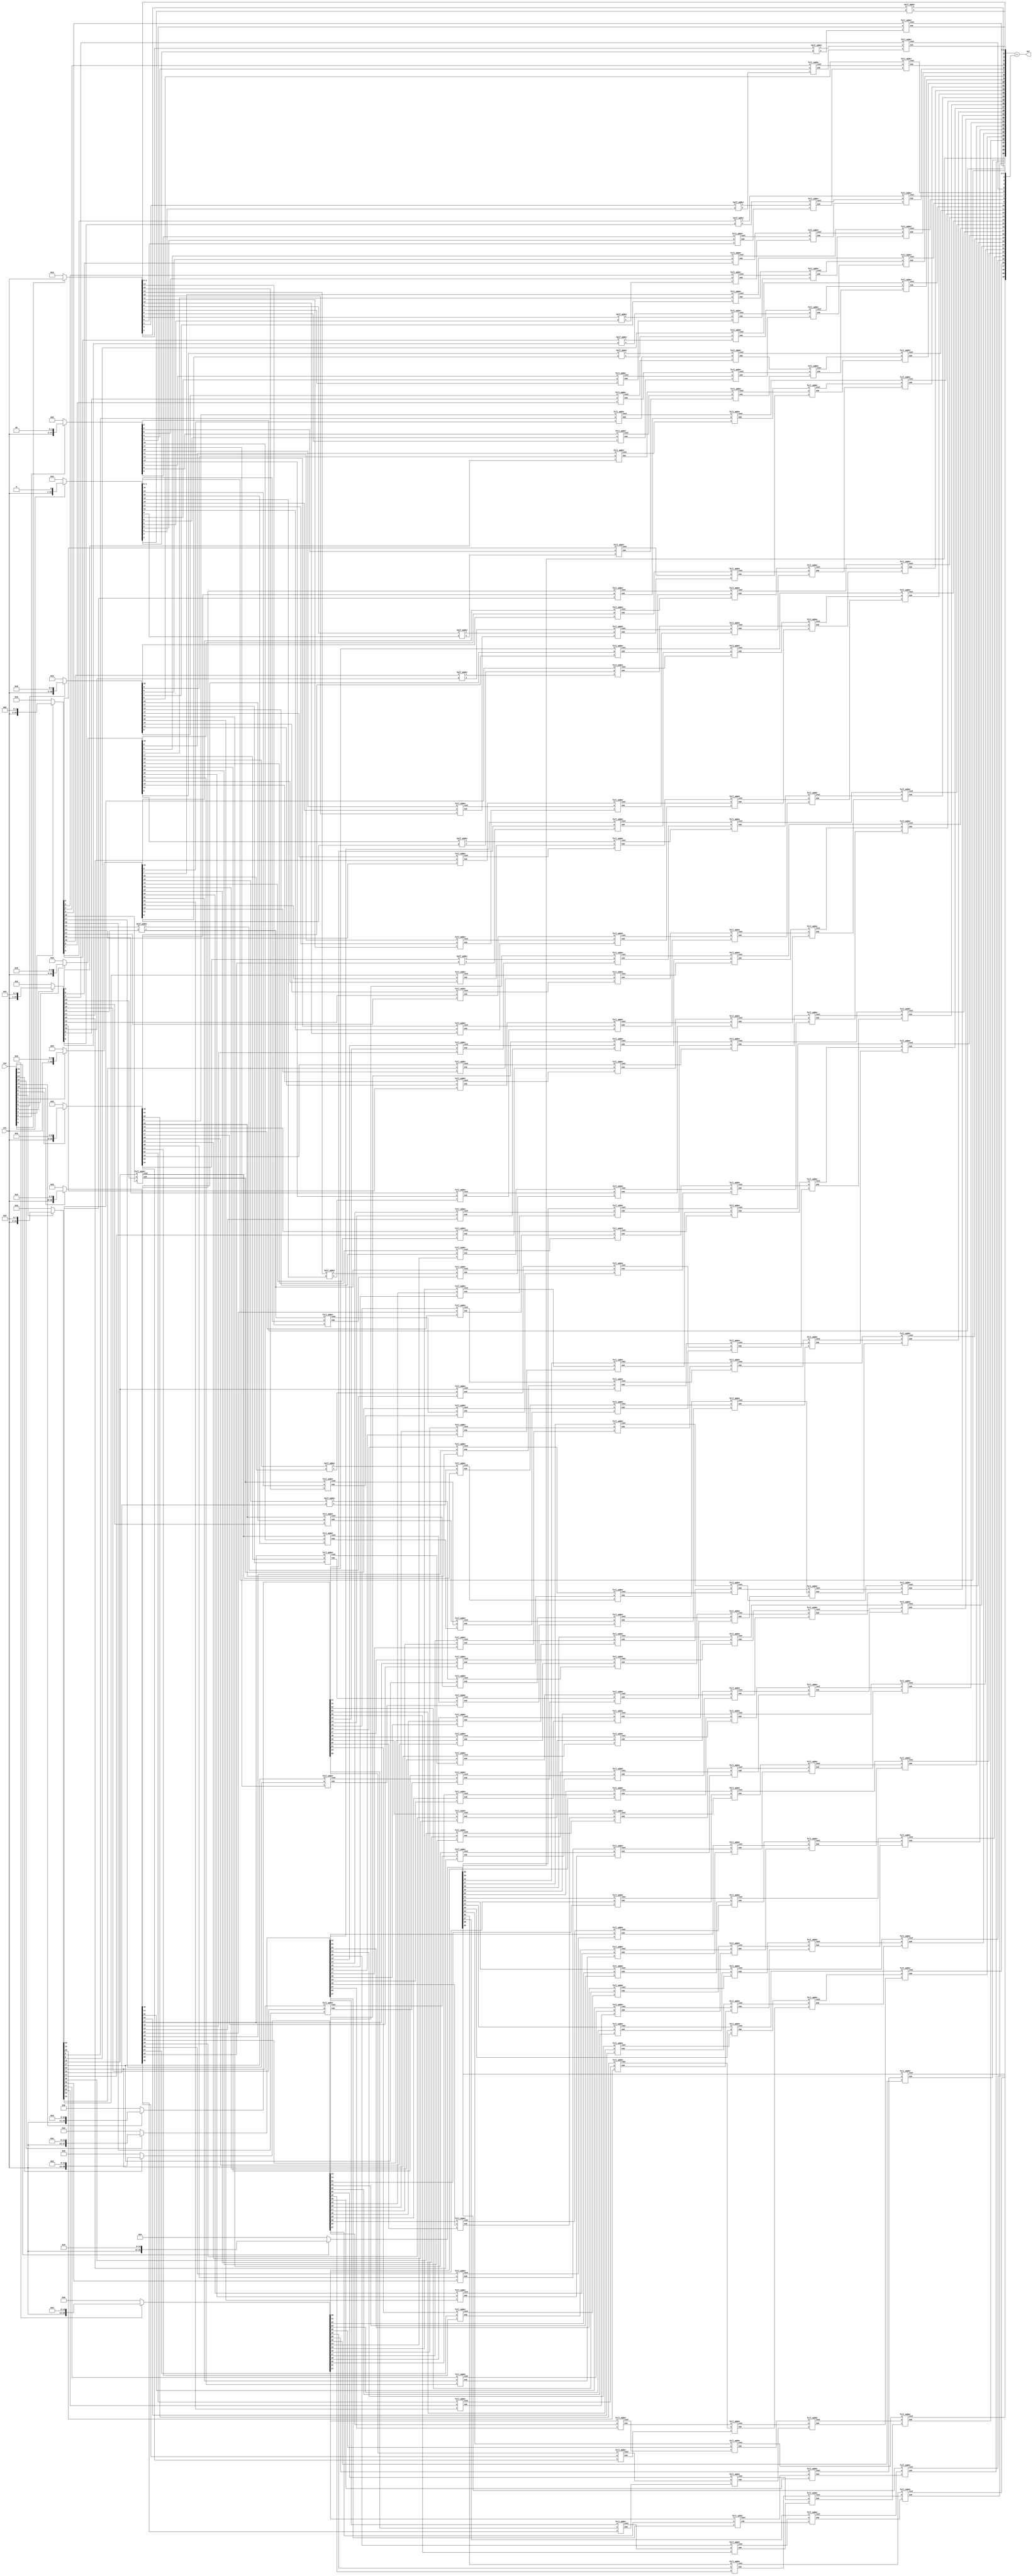
module dadda_multiplier (in1, in2, out);
	input [15:0] in1, in2;
	output [31:0] out;
	
	reg [31:0] pp [15:0];
	
	wire [31:0] lev_19 [15:0];		// Max 16 rows possible for 16 x 16 Dadda
	wire [31:0] lev_13 [12:0];
	wire [31:0] lev_9 [8:0];
	wire [31:0] lev_6 [5:0];
	wire [31:0] lev_4 [3:0];
	wire [31:0] lev_3 [2:0];
	wire [31:0] lev_2 [1:0];

	integer i;
	
	genvar k;
	generate
		for(k=0; k<16; k=k+1)
		begin: duplicate
			assign lev_19[k] = pp[k];
		end
	endgenerate
	
	always@(*)
	begin
		for (i=0; i<16; i=i+1)
		begin
			if (in2[i] == 1'b1)
				pp[i] = (in1 << i);
			else
				pp[i] = {2*16{1'b0}};	
		end
	end
	
	
//	Level-1: d=13

	generate
		for(k=0; k<13; k=k+1)
		begin: l1
			assign lev_13 [k] [12:0] = lev_19 [k] [12:0];
		end
	endgenerate
	
	half_adder l1_h1 (lev_19[0][13], lev_19[1][13], lev_13[0][13], lev_13[1][14]);
	
	full_adder l1_f1 (lev_19[0][14], lev_19[1][14], lev_13[2][14], lev_13[0][14], lev_13[1][15]);
	half_adder l1_h2 (lev_19[3][14], lev_19[4][14], lev_13[2][14], lev_13[3][15]);
	
	full_adder l1_f2 (lev_19[0][15], lev_19[1][15], lev_13[2][15], lev_13[0][15], lev_13[1][16]);
	full_adder l1_f3 (lev_19[3][15], lev_19[4][15], lev_13[5][15], lev_13[2][15], lev_13[3][16]);
	half_adder l1_h3 (lev_19[6][15], lev_19[7][15], lev_13[4][15], lev_13[5][16]);
	
	full_adder l1_f4 (lev_19[1][16], lev_19[2][16], lev_13[3][16], lev_13[0][16], lev_13[1][17]);
	full_adder l1_f5 (lev_19[4][16], lev_19[5][16], lev_13[6][16], lev_13[2][16], lev_13[3][17]);
	half_adder l1_h4 (lev_19[7][16], lev_19[8][16], lev_13[4][16], lev_13[5][17]);
	
	full_adder l1_f6 (lev_19[2][17], lev_19[3][17], lev_13[4][17], lev_13[0][17], lev_13[1][18]);
	full_adder l1_f7 (lev_19[5][17], lev_19[6][17], lev_13[7][17], lev_13[2][17], lev_13[3][18]);
	
	full_adder l1_f8 (lev_19[3][18], lev_19[4][18], lev_13[5][18], lev_13[0][18], lev_13[1][19]);
	
	generate
		for(k=6; k<13; k=k+1)
		begin: l2
			assign lev_13 [k] [18:15] = lev_19 [k+3] [18:15];
		end
	endgenerate		
	
	generate
		for(k=4; k<13; k=k+1)
		begin: l3
			assign lev_13 [k] [14:13] = lev_19 [k+1] [14:13];
		end
	endgenerate
	
	assign lev_13 [1] [13] = lev_19 [2] [13];
	assign lev_13 [2] [13] = lev_19 [3] [13];
	assign lev_13 [3] [13] = lev_19 [4] [13];

	assign lev_13 [3] [14] = lev_19 [14] [14];
	
	assign lev_13 [5] [15] = lev_19 [8] [15];
	
	assign lev_13 [4] [17] = lev_19 [8] [17];
	
	assign lev_13 [2] [18] = lev_19 [6] [18];
	assign lev_13 [4] [18] = lev_19 [7] [18];
	assign lev_13 [5] [18] = lev_19 [8] [18];	
	
	
	assign lev_13 [0] [19] = lev_19 [4] [19];
	generate
		for(k=2; k<13; k=k+1)
		begin: l4
			assign lev_13 [k] [31:19] = lev_19 [k+3] [31:19];
		end
	endgenerate	
	

//	Level-2: d=9
	generate
		for(k=0; k<9; k=k+1)
		begin: l5
			assign lev_9 [k] [8:0] = lev_13 [k] [8:0];
		end
	endgenerate
	
	half_adder l2_h1 (lev_13[0][9], lev_13[1][9], lev_9[0][9], lev_9[1][10]);
	
	full_adder l2_f1 (lev_13[0][10], lev_13[1][10], lev_13[2][10], lev_9[0][10], lev_9[1][11]);
	half_adder l2_h2 (lev_13[3][10], lev_13[4][10], lev_9[2][10], lev_9[3][11]);
	
	full_adder l2_f2 (lev_13[0][11], lev_13[1][11], lev_13[2][11], lev_9[0][11], lev_9[1][12]);
	full_adder l2_f3 (lev_13[3][11], lev_13[4][11], lev_13[5][11], lev_9[2][11], lev_9[3][12]);
	half_adder l2_h3 (lev_13[6][11], lev_13[7][11], lev_9[4][11], lev_9[5][12]);
	
	full_adder l2_f4 (lev_13[0][12], lev_13[1][12], lev_13[2][12], lev_9[0][12], lev_9[1][13]);
	full_adder l2_f5 (lev_13[3][12], lev_13[4][12], lev_13[5][12], lev_9[2][12], lev_9[3][13]);
	full_adder l2_f6 (lev_13[6][12], lev_13[7][12], lev_13[8][12], lev_9[4][12], lev_9[5][13]);
	half_adder l2_h4 (lev_13[9][12], lev_13[10][12], lev_9[6][12], lev_9[7][13]);
	
	full_adder l2_f7 (lev_13[0][13], lev_13[1][13], lev_13[2][13], lev_9[0][13], lev_9[1][14]);
	full_adder l2_f8 (lev_13[3][13], lev_13[4][13], lev_13[5][13], lev_9[2][13], lev_9[3][14]);
	full_adder l2_f9 (lev_13[6][13], lev_13[7][13], lev_13[8][13], lev_9[4][13], lev_9[5][14]);
	full_adder l2_f10 (lev_13[9][13], lev_13[10][13], lev_13[11][13], lev_9[6][13], lev_9[7][14]);
	
	full_adder l2_f11 (lev_13[0][14], lev_13[1][14], lev_13[2][14], lev_9[0][14], lev_9[1][15]);
	full_adder l2_f12 (lev_13[3][14], lev_13[4][14], lev_13[5][14], lev_9[2][14], lev_9[3][15]);
	full_adder l2_f13 (lev_13[6][14], lev_13[7][14], lev_13[8][14], lev_9[4][14], lev_9[5][15]);
	full_adder l2_f14 (lev_13[9][14], lev_13[10][14], lev_13[11][14], lev_9[6][14], lev_9[7][15]);
	
	full_adder l2_f15 (lev_13[0][15], lev_13[1][15], lev_13[2][15], lev_9[0][15], lev_9[1][16]);
	full_adder l2_f16 (lev_13[3][15], lev_13[4][15], lev_13[5][15], lev_9[2][15], lev_9[3][16]);
	full_adder l2_f17 (lev_13[6][15], lev_13[7][15], lev_13[8][15], lev_9[4][15], lev_9[5][16]);
	full_adder l2_f18 (lev_13[9][15], lev_13[10][15], lev_13[11][15], lev_9[6][15], lev_9[7][16]);
	
	full_adder l2_f19 (lev_13[0][16], lev_13[1][16], lev_13[2][16], lev_9[0][16], lev_9[1][17]);
	full_adder l2_f20 (lev_13[3][16], lev_13[4][16], lev_13[5][16], lev_9[2][16], lev_9[3][17]);
	full_adder l2_f21 (lev_13[6][16], lev_13[7][16], lev_13[8][16], lev_9[4][16], lev_9[5][17]);
	full_adder l2_f22 (lev_13[9][16], lev_13[10][16], lev_13[11][16], lev_9[6][16], lev_9[7][17]);
	
	full_adder l2_f23 (lev_13[0][17], lev_13[1][17], lev_13[2][17], lev_9[0][17], lev_9[1][18]);
	full_adder l2_f24 (lev_13[3][17], lev_13[4][17], lev_13[5][17], lev_9[2][17], lev_9[3][18]);
	full_adder l2_f25 (lev_13[6][17], lev_13[7][17], lev_13[8][17], lev_9[4][17], lev_9[5][18]);
	full_adder l2_f26 (lev_13[9][17], lev_13[10][17], lev_13[11][17], lev_9[6][17], lev_9[7][18]);
	
	full_adder l2_f27 (lev_13[0][18], lev_13[1][18], lev_13[2][18], lev_9[0][18], lev_9[1][19]);
	full_adder l2_f28 (lev_13[3][18], lev_13[4][18], lev_13[5][18], lev_9[2][18], lev_9[3][19]);
	full_adder l2_f29 (lev_13[6][18], lev_13[7][18], lev_13[8][18], lev_9[4][18], lev_9[5][19]);
	full_adder l2_f30 (lev_13[9][18], lev_13[10][18], lev_13[11][18], lev_9[6][18], lev_9[7][19]);
	
	full_adder l2_f31 (lev_13[0][19], lev_13[1][19], lev_13[2][19], lev_9[0][19], lev_9[1][20]);
	full_adder l2_f32 (lev_13[3][19], lev_13[4][19], lev_13[5][19], lev_9[2][19], lev_9[3][20]);
	full_adder l2_f33 (lev_13[6][19], lev_13[7][19], lev_13[8][19], lev_9[4][19], lev_9[5][20]);
	full_adder l2_f34 (lev_13[9][19], lev_13[10][19], lev_13[11][19], lev_9[6][19], lev_9[7][20]);
	
	full_adder l2_f35 (lev_13[2][20], lev_13[3][20], lev_13[4][20], lev_9[0][20], lev_9[1][21]);
	full_adder l2_f36 (lev_13[5][20], lev_13[6][20], lev_13[7][20], lev_9[2][20], lev_9[3][21]);
	full_adder l2_f37 (lev_13[8][20], lev_13[9][20], lev_13[10][20], lev_9[4][20], lev_9[5][21]);
	
	full_adder l2_f38 (lev_13[3][21], lev_13[4][21], lev_13[5][21], lev_9[0][21], lev_9[1][22]);
	full_adder l2_f39 (lev_13[6][21], lev_13[7][21], lev_13[8][21], lev_9[2][21], lev_9[3][22]);
	
	full_adder l2_f40 (lev_13[4][22], lev_13[5][22], lev_13[6][22], lev_9[0][22], lev_9[1][23]);
	
	generate
		for(k=1; k<9; k=k+1)
		begin: l6
			assign lev_9 [k] [9] = lev_13 [k+1] [9];
		end
	endgenerate
	
	generate
		for(k=3; k<9; k=k+1)
		begin: l7
			assign lev_9 [k] [10] = lev_13 [k+2] [10];
		end
	endgenerate
	
	generate
		for(k=5; k<9; k=k+1)
		begin: l8
			assign lev_9 [k] [11] = lev_13 [k+3] [11];
		end
	endgenerate
	
	assign lev_9 [7] [12] = lev_13 [11] [12];
	
	assign lev_9 [6] [20] = lev_13 [11] [20];
	
	generate
		for(k=6; k<8; k=k+1)
		begin: l9
			assign lev_9 [k] [21] = lev_13 [k+4] [21];
		end
	endgenerate
	
	assign lev_9 [4] [21] = lev_13 [9] [21];
	
	generate
		for(k=4; k<8; k=k+1)
		begin: l10
			assign lev_9 [k] [22] = lev_13 [k+4] [22];
		end
	endgenerate
	
	assign lev_9 [2] [22] = lev_13 [7] [22];
	
	assign lev_9 [8] [22:12] = lev_13 [12] [22:12];
	
	assign lev_9 [0] [23] = lev_13 [5] [23];
	generate
		for(k=2; k<9; k=k+1)
		begin: l11
			assign lev_9 [k] [31:23] = lev_13 [k+4] [31:23];
		end
	endgenerate	
	
	
//	Level-3: d=6
	generate
		for(k=0; k<6; k=k+1)
		begin: l12
			assign lev_6 [k] [5:0] = lev_9 [k] [5:0];
		end
	endgenerate	
	
	generate
		for(k=1; k<6; k=k+1)
		begin: l13
			assign lev_6 [k] [6] = lev_9 [k+1] [6];
		end
	endgenerate	

	generate
		for(k=3; k<6; k=k+1)
		begin: l14
			assign lev_6 [k] [7] = lev_9 [k+2] [7];
		end
	endgenerate	
	
	assign lev_6 [5] [8] = lev_9 [8] [8];
	
	half_adder l3_h1 (lev_9[0][6], lev_9[1][6], lev_6[0][6], lev_6[1][7]);
	
	full_adder l3_f1 (lev_9[0][7], lev_9[1][7], lev_9[2][7], lev_6[0][7], lev_6[1][8]);
	half_adder l3_h2 (lev_9[3][7], lev_9[4][7], lev_6[2][7], lev_6[3][8]);
	
	full_adder l3_f2 (lev_9[0][8], lev_9[1][8], lev_9[2][8], lev_6[0][8], lev_6[1][9]);
	full_adder l3_f3 (lev_9[3][8], lev_9[4][8], lev_9[5][8], lev_6[2][8], lev_6[3][9]);
	half_adder l3_h3 (lev_9[6][8], lev_9[7][8], lev_6[4][8], lev_6[5][9]);
	
	generate
		for(k=9; k<24; k=k+1)
		begin: FA_1
			full_adder l3_1 (lev_9[0][k], lev_9[1][k], lev_9[2][k], lev_6[0][k], lev_6[1][k+1]);
			full_adder l3_2 (lev_9[3][k], lev_9[4][k], lev_9[5][k], lev_6[2][k], lev_6[3][k+1]);
			full_adder l3_3 (lev_9[6][k], lev_9[7][k], lev_9[8][k], lev_6[4][k], lev_6[5][k+1]);
		end
	endgenerate
	
	assign lev_6 [4] [24] = lev_9 [8] [24];
	
	assign lev_6 [2] [25] = lev_9 [6] [25];
	assign lev_6 [4] [25] = lev_9 [7] [25];
	assign lev_6 [5] [25] = lev_9 [8] [25];
	
	assign lev_6 [0] [26] = lev_9 [4] [26];

	full_adder l3_f4 (lev_9[2][24], lev_9[3][24], lev_9[4][24], lev_6[0][24], lev_6[1][25]);
	full_adder l3_f5 (lev_9[5][24], lev_9[6][24], lev_9[7][24], lev_6[2][24], lev_6[3][25]);
	
	full_adder l3_f6 (lev_9[3][25], lev_9[4][25], lev_9[5][25], lev_6[0][25], lev_6[1][26]);
	
	
	
	generate
		for(k=2; k<6; k=k+1)
		begin: l15
			assign lev_6 [k] [31:26] = lev_9 [k+3] [31:26];
		end
	endgenerate		
	
	
//	Level-4: d=4
	generate
		for(k=0; k<4; k=k+1)
		begin: l16
			assign lev_4 [k] [3:0] = lev_6 [k] [3:0];
		end
	endgenerate	

	generate
		for(k=1; k<4; k=k+1)
		begin: l17
			assign lev_4 [k] [4] = lev_6 [k+1] [4];
		end
	endgenerate	
	
	assign lev_4 [3] [5] = lev_6 [5] [5];
	
	half_adder l4_h1 (lev_6[0][4], lev_6[1][4], lev_4[0][4], lev_4[1][5]);
		
	full_adder l4_f1 (lev_6[0][5], lev_6[1][5], lev_6[2][5], lev_4[0][5], lev_4[1][6]);
	half_adder l4_h2 (lev_6[3][5], lev_6[4][5], lev_4[2][5], lev_4[3][6]);
	
	generate
		for(k=6; k<27; k=k+1)
		begin: FA_2
			full_adder l4_1 (lev_6[0][k], lev_6[1][k], lev_6[2][k], lev_4[0][k], lev_4[1][k+1]);
			full_adder l4_2 (lev_6[3][k], lev_6[4][k], lev_6[5][k], lev_4[2][k], lev_4[3][k+1]);
		end
	endgenerate
	
	full_adder l4_f2 (lev_6[2][27], lev_6[3][27], lev_6[4][27], lev_4[0][27], lev_4[1][28]);
	
	assign lev_4 [2] [27] = lev_6 [5] [27];
	
	assign lev_4 [0] [28] = lev_6 [3] [28];
	
	generate
		for(k=2; k<4; k=k+1)
		begin: l18
			assign lev_4 [k] [31:28] = lev_6 [k+2] [31:28];
		end
	endgenerate			
	
//	Level-5: d=3
	generate
		for(k=0; k<3; k=k+1)
		begin: l19
			assign lev_3 [k] [2:0] = lev_4 [k] [2:0];
		end
	endgenerate
	
	half_adder l5_h1 (lev_4[0][3], lev_4[1][3], lev_3[0][3], lev_3[1][4]);
	assign lev_3 [1] [3] = lev_4 [2] [3];
		
	generate
		for(k=4; k<29; k=k+1)
		begin: FA_3
			full_adder l5_f1 (lev_4[0][k], lev_4[1][k], lev_4[2][k], lev_3[0][k], lev_3[1][k+1]);
		end
	endgenerate	
	
	assign lev_3 [0] [29] = lev_4 [2] [29];
	
	assign lev_3 [2] [31:3] = lev_4 [3] [31:3];
	
//	Level-6: d=2
	generate
		for(k=0; k<2; k=k+1)
		begin: l20
			assign lev_2 [k] [1:0] = lev_3 [k] [1:0];
		end
	endgenerate	
	
	
	half_adder l6_h1 (lev_3[0][2], lev_3[1][2], lev_2[0][2], lev_2[1][3]);
	assign lev_2 [1] [2] = lev_3 [2] [2];
	
	generate
		for(k=3; k<30; k=k+1)
		begin: FA_4
			full_adder l6_f1 (lev_3[0][k], lev_3[1][k], lev_3[2][k], lev_2[0][k], lev_2[1][k+1]);
		end
	endgenerate	
	
	assign lev_2 [0] [30] = lev_3 [2] [30];
	
	assign lev_2 [0] [31] = 1'b0;
	assign lev_2 [1] [31] = 1'b0;
	
	
// brent_kung_adder bka ( lev_2[0], lev_2[1], 0, out);
	assign out = lev_2[0] + lev_2[1];
	
endmodule

module half_adder(input x,y,
				  output s,c);
		
assign s = ( x ^ y );
assign c = ( x & y );
		
endmodule

module full_adder(input z,w,u,
				  output sum,cout);
		

assign sum  = ( z ^ w ^ u );
assign cout = ( z & w ) | ( w & u ) | ( u & z );
		
endmodule


module tb;

    // Inputs
    reg [15:0] A;
    reg [15:0] B;

    // Outputs
    wire [31:0] Prod;
    integer i,j,error;

    // Instantiate the Unit Under Test (UUT)
    dadda_multiplier uut (.in1(A), .in2(B), .out(Prod));

    initial begin
        // Apply inputs for the whole range of A and B.
        // 16*16 = 256 inputs.
        error = 0;
        for(i=0;i <=100;i = i+1)
            for(j=0;j <=100;j = j+1) 
            begin
                A <= i; 
                B <= j;
                #1;
                if(Prod != A*B) //if the result isnt correct increment "error".
                    error = error + 1;  
            end     
    end
      
endmodule